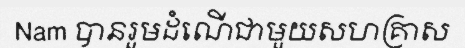
Nam បានរួមដំណើជាមួយសហគ្រាស